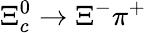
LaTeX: \Xi_{c}^{0}\to\Xi^{-}\pi^{+}